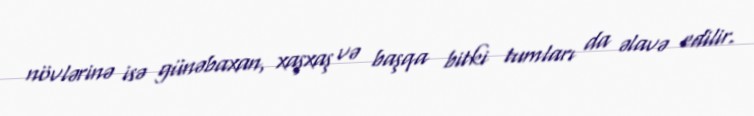
növlərinə isə günəbaxan, xaşxaş və başqa bitki tumları da əlavə edilir.